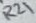
Text: R21